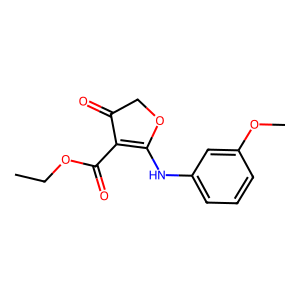
SMILES: CCOC(=O)C1=C(Nc2cccc(OC)c2)OCC1=O
Inhibits HIV replication: No